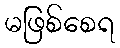
မဖြစ်စေရ